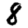
Digit: 8